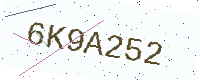
Text: 6K9A252